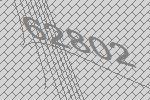
62802